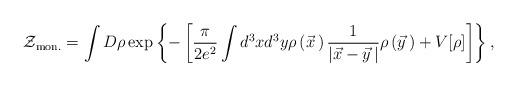
LaTeX: \begin{align*}{\cal Z}_{\rm mon.}=\int D\rho \exp\left\{-\left[\frac{\pi}{2e^2}\int d^3xd^3y\rho\left(\vec x{\,}\right)\frac{1}{\left|\vec x-\vec y{\,}\right|}\rho\left(\vec y{\,}\right)+V[\rho]\right]\right\},\end{align*}